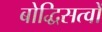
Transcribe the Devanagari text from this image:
बोद्धिसत्वों